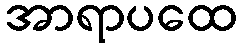
အာရာပထေ